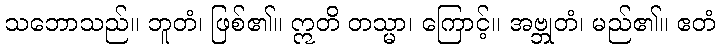
သဘောသည်။ ဘူတံ၊ ဖြစ်၏။ ဣတိ တသ္မာ၊ ကြောင့်။ အဗ္ဘုတံ၊ မည်၏။ ဧတံ